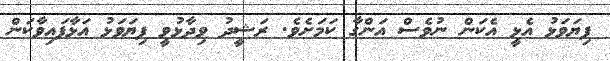
ފިޔަވަޅު އެޅީ އެކަން ނުވެސް އަންގާ ކަމަށެވެ. ރަޝީދު ވިދާޅުވީ ފިޔަވަޅު އަޅާފައިވާކަން